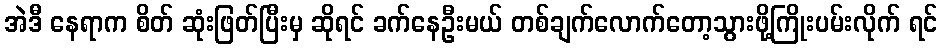
အဲဒီ နေရာက စိတ် ဆုံးဖြတ်ပြီးမှ ဆိုရင် ခက်နေဦးမယ် တစ်ချက်လောက်တော့သွားဖို့ကြိုးပမ်းလိုက် ရင်